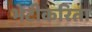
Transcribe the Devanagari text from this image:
भेटीकरिता